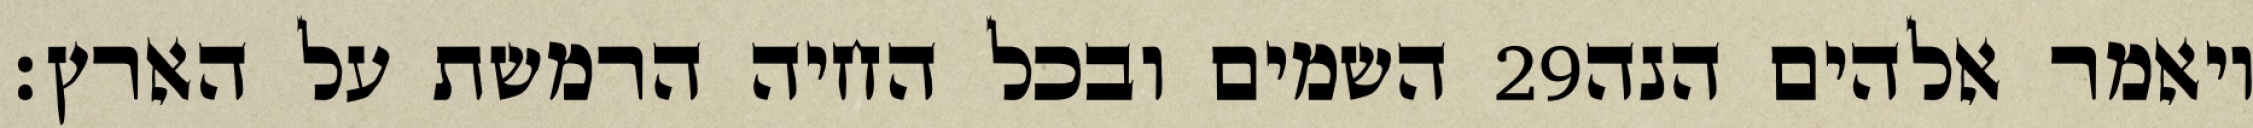
השמים ובכל החיה הרמשת על הארץ׃ ‎29‏ ויאמר אלהים הנה